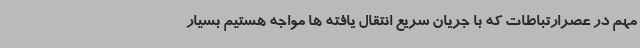
مهم در عصرارتباطات که با جریان سریع انتقال یافته ها مواجه هستیم بسیار